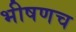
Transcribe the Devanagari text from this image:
भीषणच